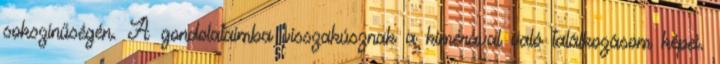
sokszínűségén. A gondolataimba visszakúsznak a kimérával való találkozásom képei.